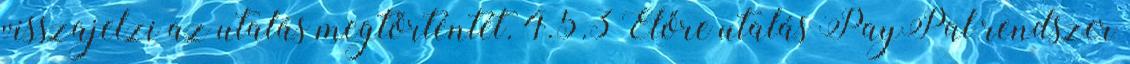
visszajelzi az utalás megtörténtét. 4.5.3 Előre utalás PayPal rendszer